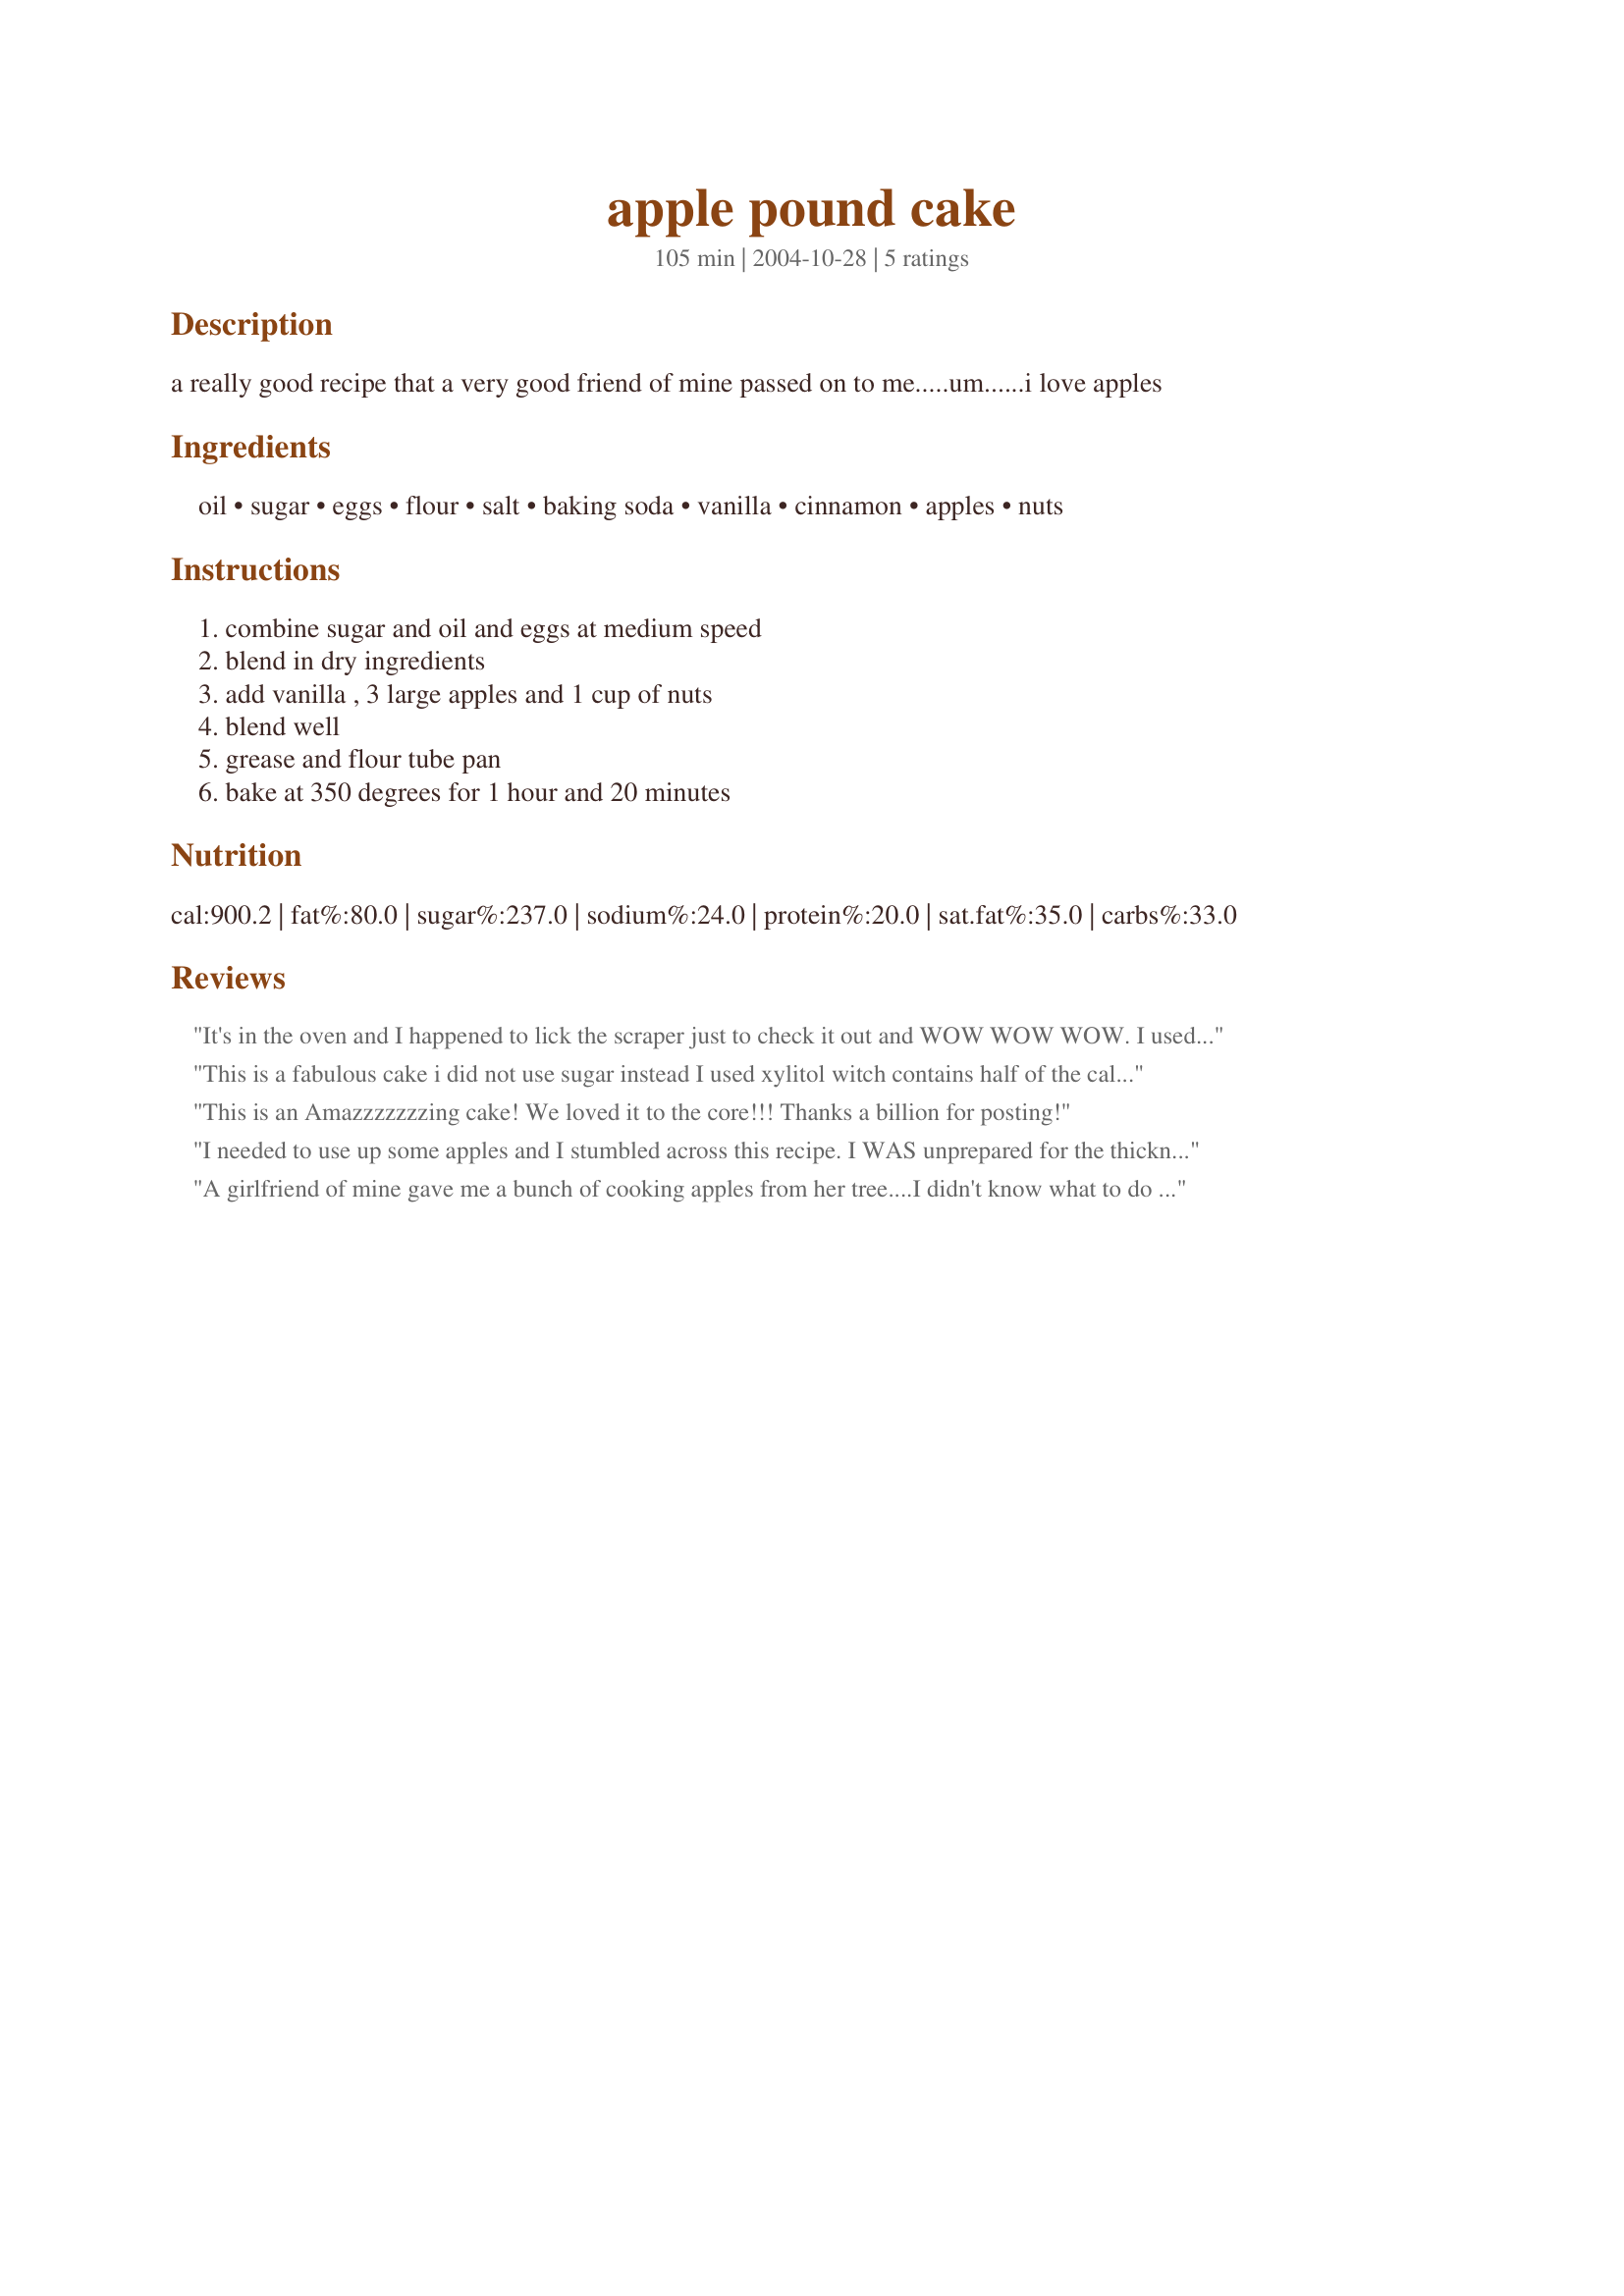
apple pound cake
Preparation time: 105 minutes

a really good recipe that a very good friend of mine passed on to me.....um......i love apples

Ingredients:
oil, sugar, eggs, flour, salt, baking soda, vanilla, cinnamon, apples, nuts

Steps:
combine sugar and oil and eggs at medium speed, blend in dry ingredients, add vanilla , 3 large apples and 1 cup of nuts, blend well, grease and flour tube pan, bake at 350 degrees for 1 hour and 20 minutes

Reviews:
It's in the oven and I happened to lick the scraper just to check it out and WOW WOW WOW. I used apple pie spice instead of plain cinnamon and brown sugar just to add a little of that caramel touch. I'm VERY excited to find out how this turns out. there's no doubt in my mind that this it will be fabulous! Thank you Thank you Thank you!!!!
This is a fabulous cake
i did not use sugar instead I used xylitol witch contains half of the calories that sugar
contains and it is as sweet.
Tres tres bon
merci
than you
This is an Amazzzzzzzing cake! We loved it to the core!!! Thanks a billion for posting!
I needed to use up some apples and I stumbled across this recipe. I WAS unprepared for the thickness of this batter, because it had to be scooped into the pans. 
(I used 2 loaf pans and baked for 1 hour).

This turned out great,
Thanks for posting!
A girlfriend of mine gave me a bunch of cooking apples from her tree....I didn't know what to do with them, and I wasn't in the mood for apple pie. I made this recipe today and it turned out wonderful!! My three year old son kept saying "this is yummy cake mom", I knew then that this was a keeper recipe. I did cut back on the amount of sugar by half and it still had more than enough sweetness and baked it in a bundt pan. It is a very thick batter, thank goodness for my Kitchenaid. I can't wait to have my morning coffee tomorrow because I know that this will be great with it....that's if the rest of my family don't finish it before then.
